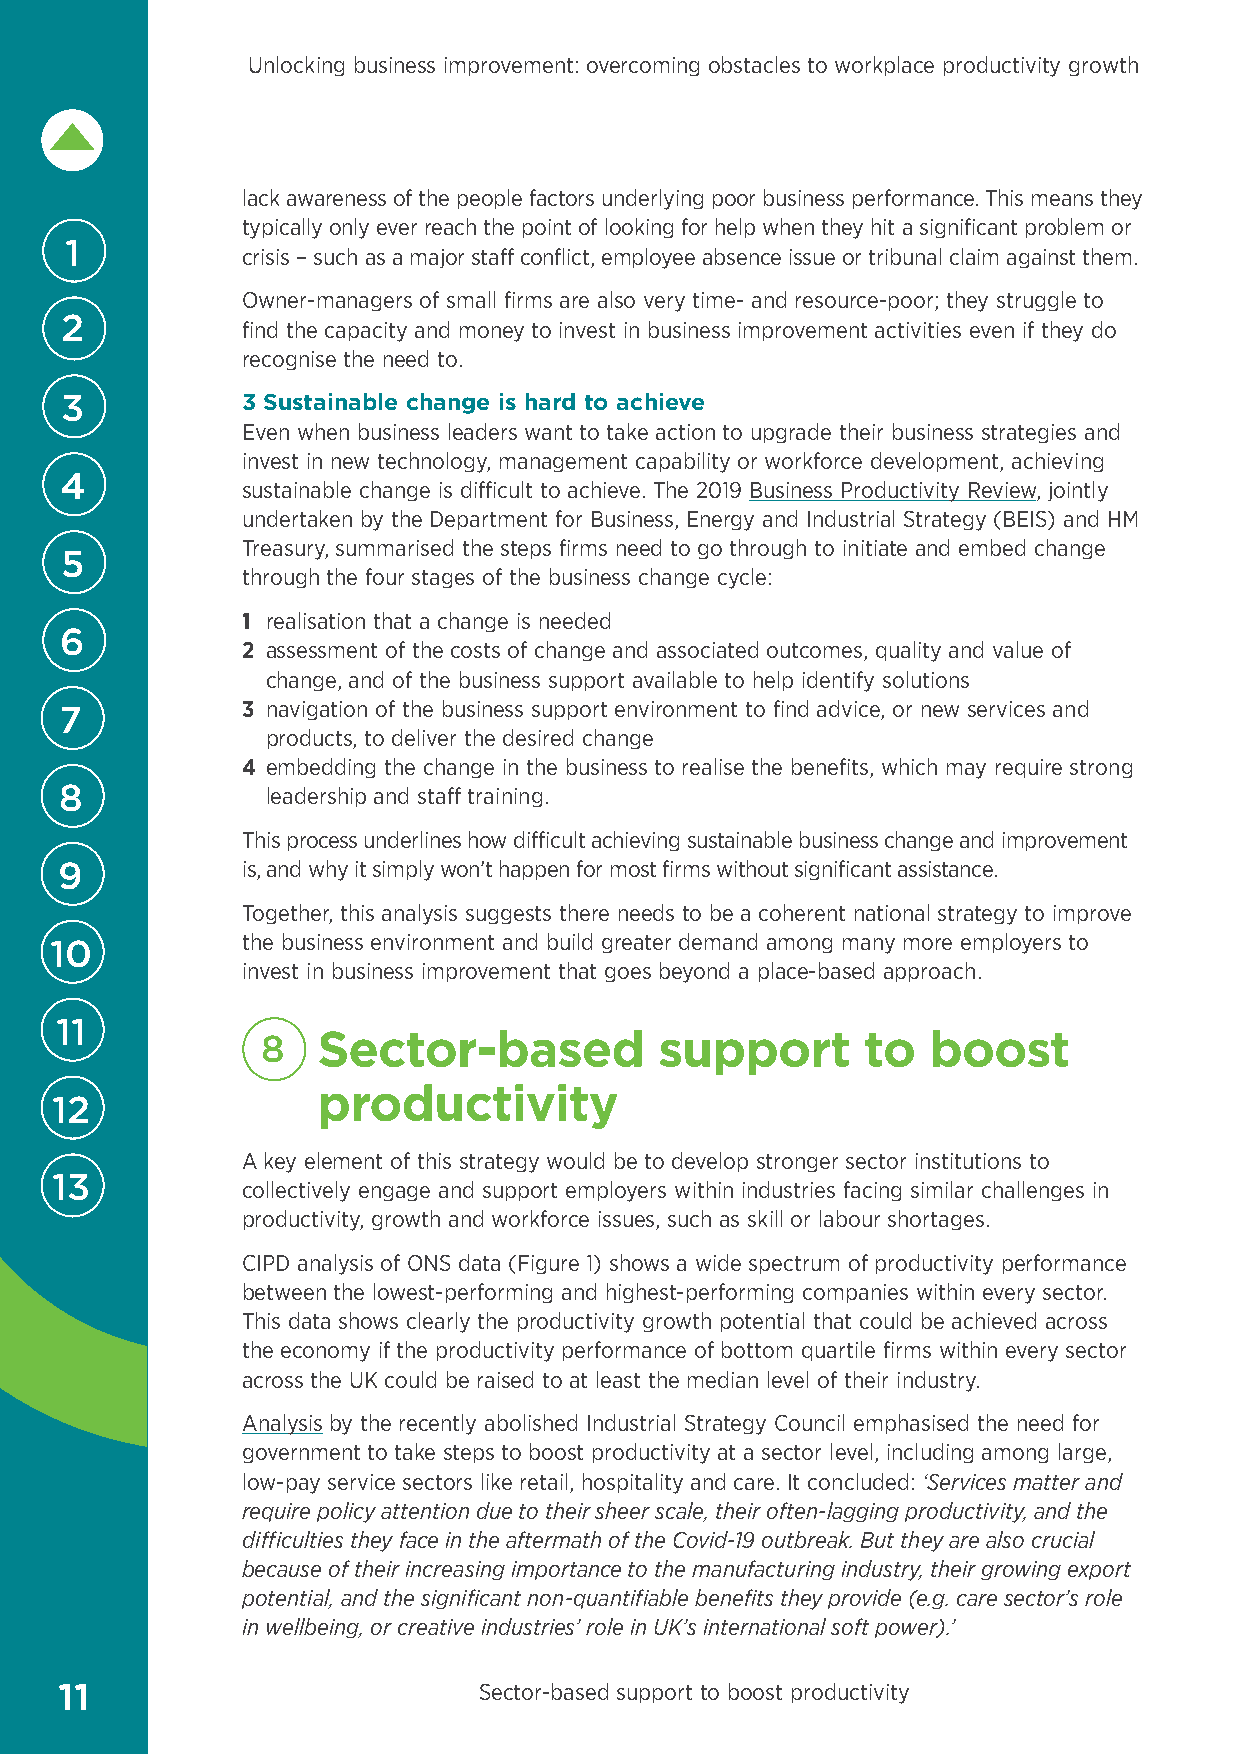
Unlocking business improvement: overcoming obstacles to workplace productivity growth
 lack awareness of the people factors underlying poor business performance. This means they
 typically only ever reach the point of looking for help when they hit a significant problem or
 1
 crisis – such as a major staff conflict, employee absence issue or tribunal claim against them.
 Owner-managers of small firms are also very time- and resource-poor; they struggle to
 2           find the capacity and money to invest in business improvement activities even if they do
 recognise the need to.
 3           3 Sustainable change is hard to achieve
 Even when business leaders want to take action to upgrade their business strategies and
 invest in new technology, management capability or workforce development, achieving
 4
 sustainable change is difficult to achieve. The 2019 Business Productivity Review, jointly
 undertaken by the Department for Business, Energy and Industrial Strategy (BEIS) and HM
 Treasury, summarised the steps firms need to go through to initiate and embed change
 5
 through the four stages of the business change cycle:
 1 realisation that a change is needed
 6
 2 assessment of the costs of change and associated outcomes, quality and value of
 change, and of the business support available to help identify solutions
 7           3 navigation of the business support environment to find advice, or new services and
 products, to deliver the desired change
 4 embedding the change in the business to realise the benefits, which may require strong
 8             leadership and staff training.
 This process underlines how difficult achieving sustainable business change and improvement
 9           is, and why it simply won’t happen for most firms without significant assistance.
 Together, this analysis suggests there needs to be a coherent national strategy to improve
 the business environment and build greater demand among many more employers to
 10
 invest in business improvement that goes beyond a place-based approach.
 11
 8   S ector-based          support      to  boost
 productivity
 12
 A key element of this strategy would be to develop stronger sector institutions to
 13
 collectively engage and support employers within industries facing similar challenges in
 productivity, growth and workforce issues, such as skill or labour shortages.
 CIPD analysis of ONS data (Figure 1) shows a wide spectrum of productivity performance
 between the lowest-performing and highest-performing companies within every sector.
 This data shows clearly the productivity growth potential that could be achieved across
 the economy if the productivity performance of bottom quartile firms within every sector
 across the UK could be raised to at least the median level of their industry.
 Analysis by the recently abolished Industrial Strategy Council emphasised the need for
 government to take steps to boost productivity at a sector level, including among large,
 low-pay service sectors like retail, hospitality and care. It concluded: ‘Services matter and
 require policy attention due to their sheer scale, their often-lagging productivity, and the
 difficulties they face in the aftermath of the Covid-19 outbreak. But they are also crucial
 because of their increasing importance to the manufacturing industry, their growing export
 potential, and the significant non-quantifiable benefits they provide (e.g. care sector’s role
 in wellbeing, or creative industries’ role in UK’s international soft power).’
 11                          Sector-based support to boost productivity